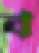
ব